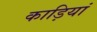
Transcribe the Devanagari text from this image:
काड़ियां